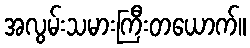
အလွမ်းသမားကြီးတယောက်။